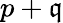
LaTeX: p+\mathfrak{q}